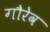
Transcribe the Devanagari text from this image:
गौरेव